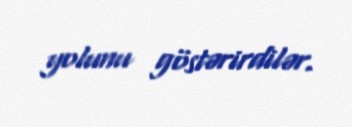
yolunu göstərirdilər.